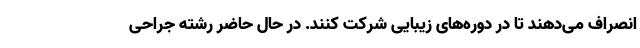
انصراف می‌دهند تا در دوره‌های زیبایی شرکت کنند. در حال حاضر رشته جراحی